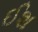
ઈશ